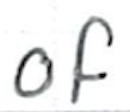
Text: of
Cross-out: clean
Writing tool: ballpoint